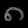
Digit: ၈